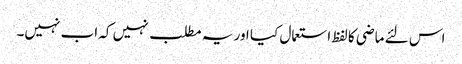
اس لئے ماضی کا لفظ استعمال کیا اور یہ مطلب نہیں کہ اب نہیں۔